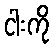
ငါးကို